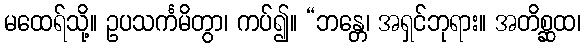
မထေရ်သို့။ ဥပသင်္ကမိတွာ၊ ကပ်၍။ “ဘန္တေ၊ အရှင်ဘုရား။ အတိစ္ဆထ၊